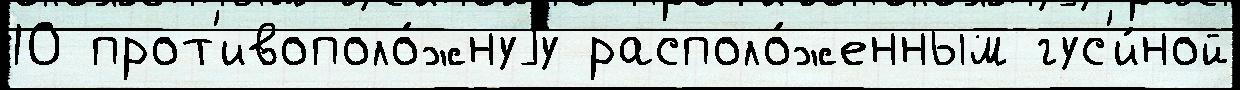
10 прот'ивополо́жнуjу располо́женным гус'и́ной